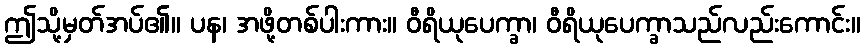
ဤသို့မှတ်အပ်၏။ ပန၊ အဖို့တစ်ပါးကား။ ဝီရိယုပေက္ခာ၊ ဝီရိယုပေက္ခာသည်လည်းကောင်း။